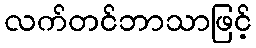
လက်တင်ဘာသာဖြင့်